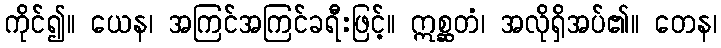
ကိုင်၍။ ယေန၊ အကြင်အကြင်ခရီးဖြင့်။ ဣစ္ဆတံ၊ အလိုရှိအပ်၏။ တေန၊